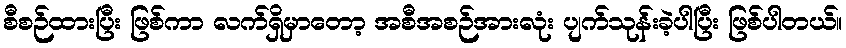
စီစဉ်ထားပြီး ဖြစ်ကာ လက်ရှိမှာတော့ အစီအစဉ်အားလုံး ပျက်သုန်းခဲ့ပါပြီး ဖြစ်ပါတယ်။